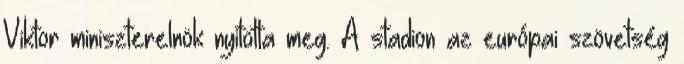
Viktor miniszterelnök nyitotta meg. A stadion az európai szövetség